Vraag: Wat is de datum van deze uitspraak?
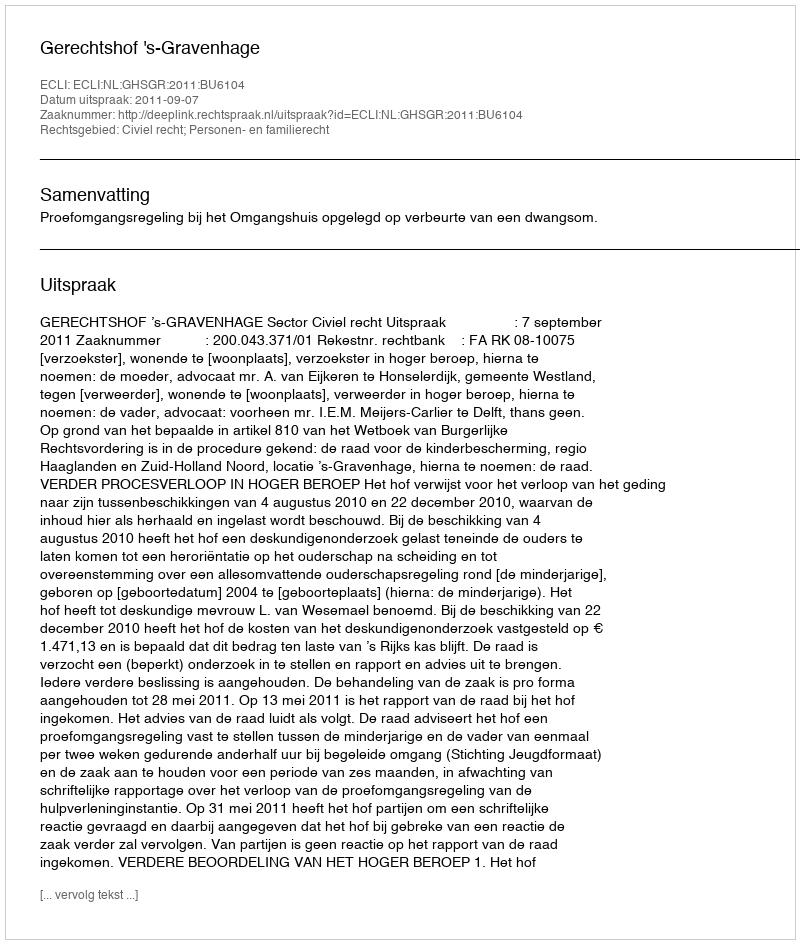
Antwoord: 2011-09-07